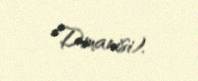
Dmanisi).